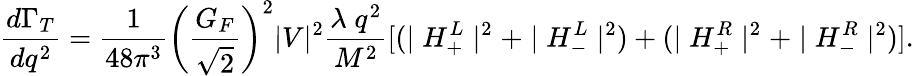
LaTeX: \displaystyle\frac{d\Gamma_{T}}{dq^{2}}=\displaystyle\frac{1}{48\pi^{3}}\left(\frac{G_{F}}{\sqrt{2}}\right)^{2}|V|^{2}\frac{\lambda\; q^{2}}{M^{2}}[(\mid H_{+}^{L}\mid^{2}+\mid H_{-}^{L}\mid^{2})+(\mid H_{+}^{R}\mid^{2}+\mid H_{-}^{R}\mid^{2})].